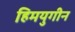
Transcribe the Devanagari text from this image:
हिमयुगीन